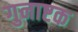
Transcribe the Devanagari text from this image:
गुनाष्टक